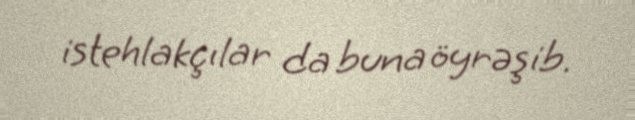
istehlakçılar da buna öyrəşib.